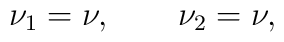
\nu_1 = \nu,	\qquad	\nu_2 = \nu,